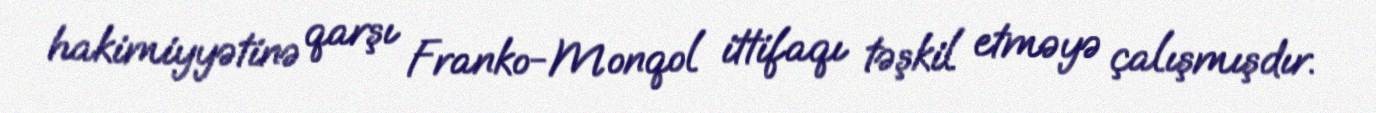
hakimiyyətinə qarşı Franko-Monqol ittifaqı təşkil etməyə çalışmışdır.